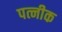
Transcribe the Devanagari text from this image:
पत्नीक